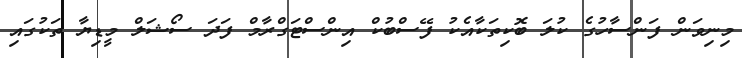
މިނިވަން ފަންސާހުގެ ކުލަ ބޮކިތަކާއެކު ފޭސްބުކް އިންސްޓަގްރާމް ފަދަ ސޯޯޝަލް މީޑިޔާ ތަކުގައި